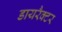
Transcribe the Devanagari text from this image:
डायरैक्टर